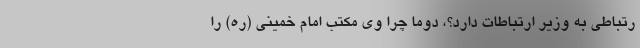
رتباطی به وزیر ارتباطات دارد؟، دوما چرا وی مکتب امام خمینی (ره) را